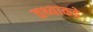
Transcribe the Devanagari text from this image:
तथ्याकडे